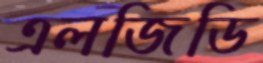
এলজিডি